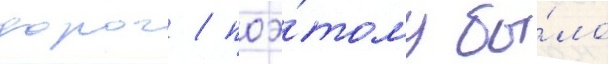
дорог / поэ́тому бы́ло